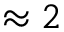
\approx 2